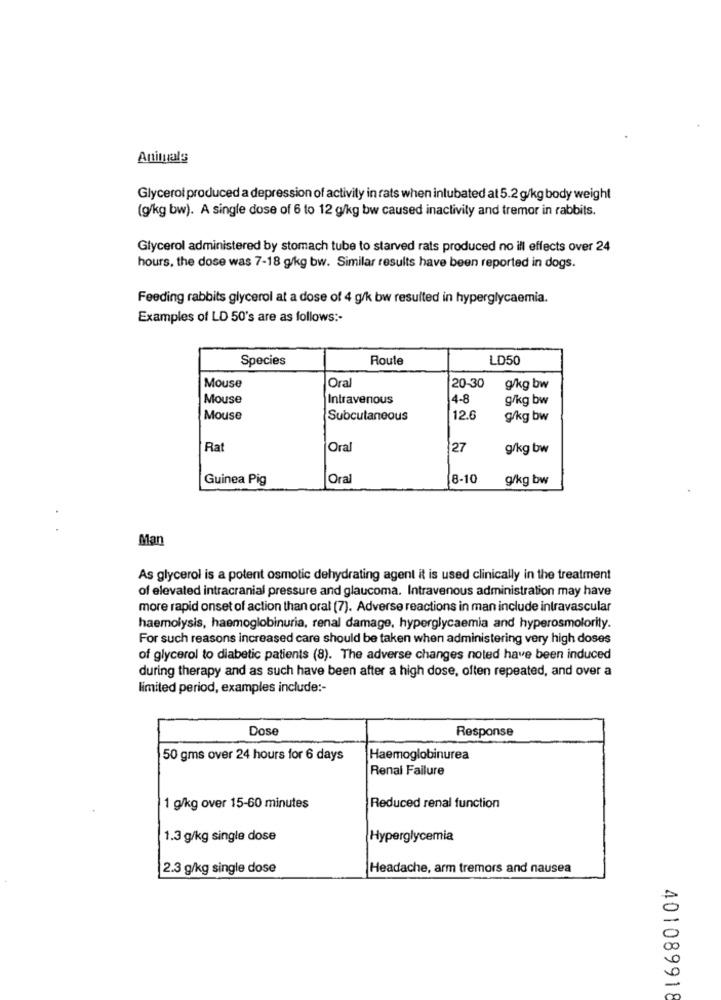
Anituals
Glycerol produced a depression of activity in rats when intubated at 5.2 g/kg body weight
(g/kg bw). A single dose of 6 to 12 g/kg bw caused inactivity and tremor in rabbits.
Glycerol administered by stomach tube to starved rats produced no ill effects over 24
hours, the dose was 7-18 g/kg bw. Similar results have been reported in dogs.
Feeding rabbits glycerol at a dose of 4 g/k bw resulted in hyperglycaemia.
Examples of LD 50's are as follows :-
Species
Route
LD50
20-30
Mouse
Ora
g/kg bw
Mouse
Intravenous
4-8
g/kg bw
Mouse
Subcutaneous
12.6
g/kg bw
Ra
Oral
27
g/kg bw
Guinea Pig
Ora
8-10
g/kg bw
Man
As glycerol is a potent osmotic dehydrating agent it is used clinically in the treatment
of elevated intracranial pressure and glaucoma. Intravenous administration may have
more rapid onset of action than oral (7). Adverse reactions in man include intravascular
haemolysis, haemoglobinuria, renal damage, hyperglycaemia and hyperosmolority.
For such reasons increased care should be taken when administering very high doses
of glycerol to diabetic patients (8). The adverse changes noted have been induced
during therapy and as such have been after a high dose, often repeated, and over a
limited period, examples include :-
Dose
Response
50 gms over 24 hours for 6 days
Haemoglobinurea
Renal Failure
1 g/kg over 15-60 minutes
Reduced renal function
1.3 g/kg single dose
Hyperglycemia
2.3 g/kg single dose
Headache, arm tremors and nausea
401089918